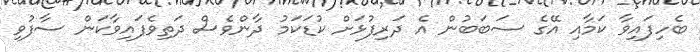
ބެހިފައިވާ ކަމާއި އޭގެ ސަބަބުން އެ ދަރިފުޅަށް ކުޑަކަމު ދާންވެސް ދަތިވެފައިވާކަން ސާފުވި